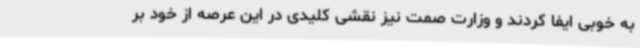
به خوبی ایفا کردند و وزارت صمت نیز نقشی کلیدی در این عرصه از خود بر